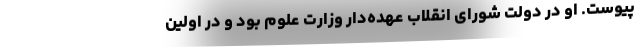
پیوست. او در دولت شورای انقلاب عهده‌دار وزارت علوم بود و در اولین